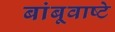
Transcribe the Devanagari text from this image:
बांबूवाष्टे